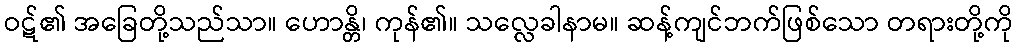
ဝဋ်၏ အခြေတို့သည်သာ။ ဟောန္တိ၊ ကုန်၏။ သလ္လေခါနာမ။ ဆန့်ကျင်ဘက်ဖြစ်သော တရားတို့ကို